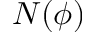
N ( \phi )